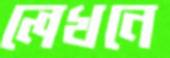
লেখনে